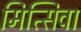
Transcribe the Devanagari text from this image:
मित्सिवा